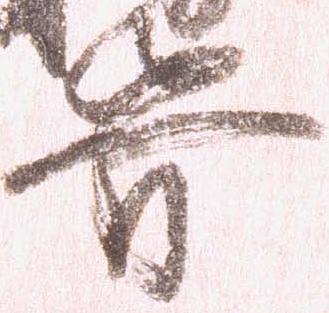
骨